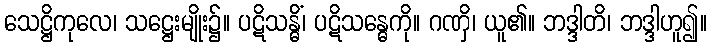
သေဋ္ဌိကုလေ၊ သဋ္ဌေးမျိုး၌။ ပဋိသန္ဓိံ၊ ပဋိသန္ဓေကို။ ဂဏှိ၊ ယူ၏။ ဘဒ္ဒါတိ၊ ဘဒ္ဒါဟူ၍။